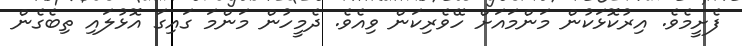
ފެށީމެވެ. އިރުކޮޅަކުން މަންމައަށް ހޭވެރިކަން ވިއެވެ. ދެމީހުން މަންމަ ގައިގަ އޮޅުލައި ތިބެގެން